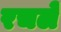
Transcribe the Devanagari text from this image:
रचलें